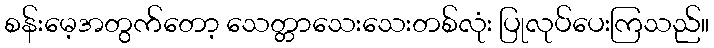
စန်းမေ့အတွက်တော့ သေတ္တာသေးသေးတစ်လုံး ပြုလုပ်ပေးကြသည်။